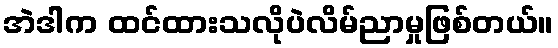
အဲဒါက ထင်ထားသလိုပဲလိမ်ညာမှုဖြစ်တယ်။